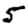
Digit: 5